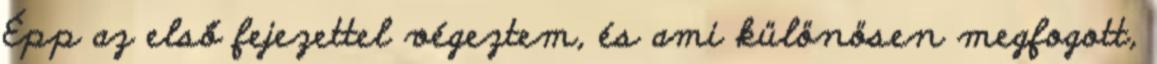
Épp az első fejezettel végeztem, és ami különösen megfogott,